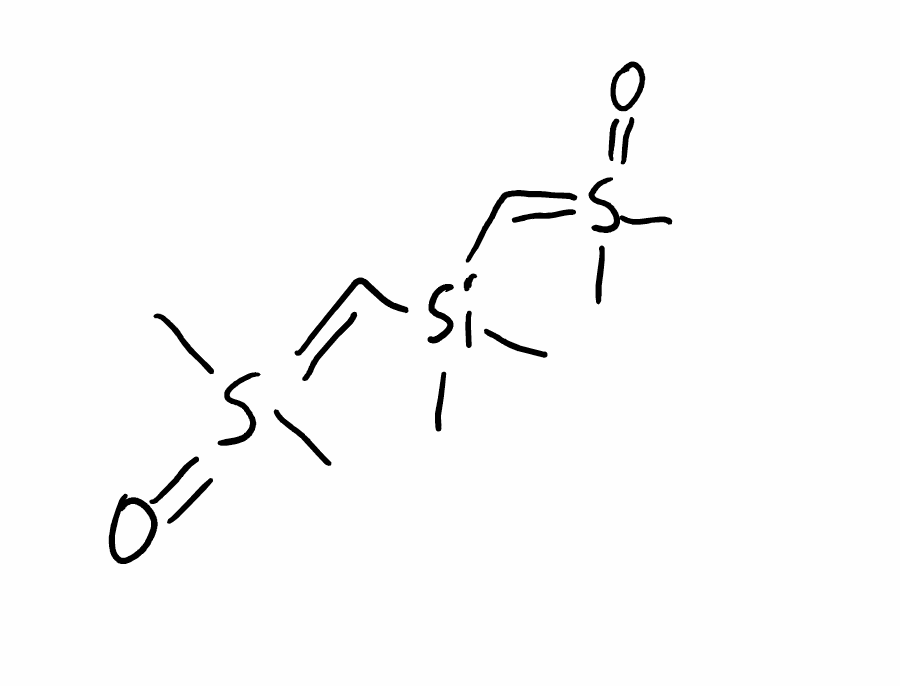
Simplified molecular-input line-entry system (SMILES) notation of the given molecule:
C[Si](C)(C=S(=O)(C)C)C=S(=O)(C)C